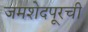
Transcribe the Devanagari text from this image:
जमशेदपूरची